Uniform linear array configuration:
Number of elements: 24
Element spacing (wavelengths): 1
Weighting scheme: hann
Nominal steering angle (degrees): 15
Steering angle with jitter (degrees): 16.06
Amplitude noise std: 0.05
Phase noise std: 0.05

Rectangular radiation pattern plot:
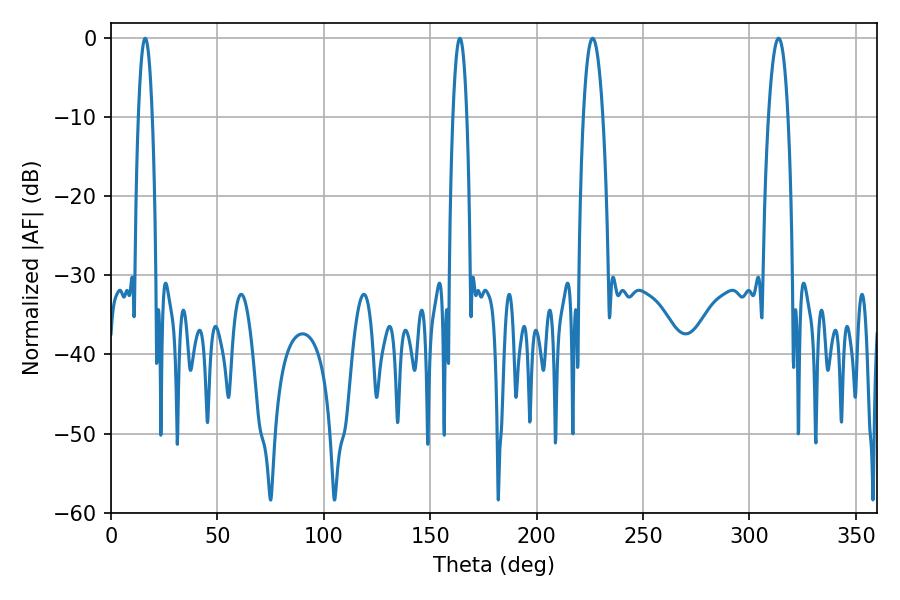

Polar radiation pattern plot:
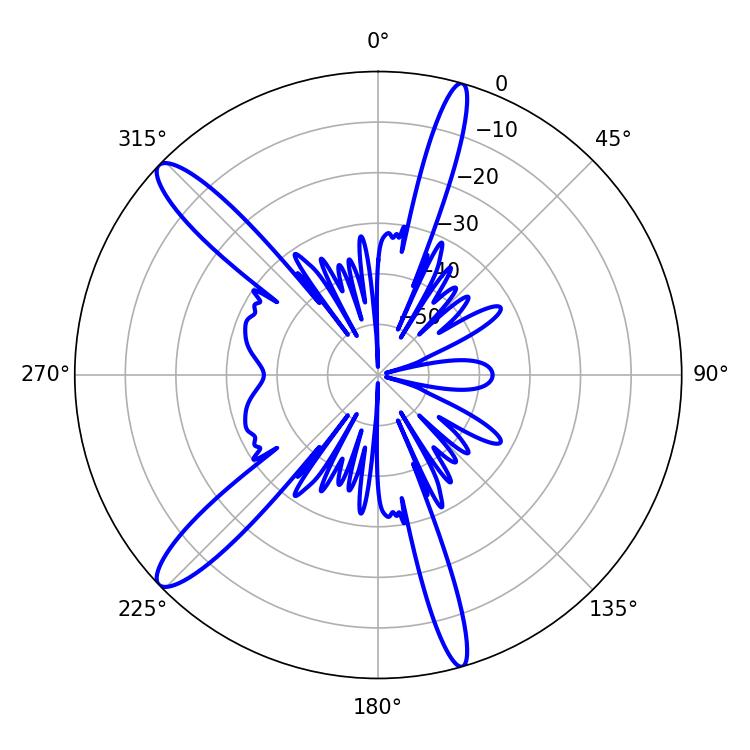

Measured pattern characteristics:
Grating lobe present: TRUE
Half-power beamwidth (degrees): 5.04
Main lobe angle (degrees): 226.26